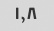
۱,۸